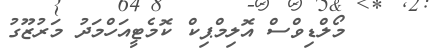
މޯލްޑިވްސް އޮލިމްޕިކް ކޮމެޓީއަހްމަދު މަރުޒޫގު